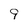
Character: 9